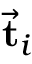
\vec { \bf t } _ { i }